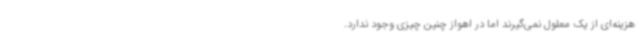
هزینه‌ای از یک معلول نمی‌گیرند اما در اهواز چنین چیزی وجود ندارد.